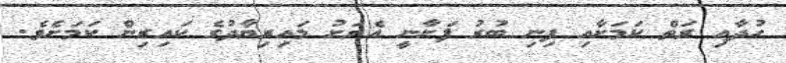
ހުދާއި ރަތް ކަމަށާއި ފިނި ބުރު ފަށާނީ އެރަށު މައިރިޔާދުގެ ކައިރިން ކަމަށެވެ.